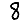
Digit: 8